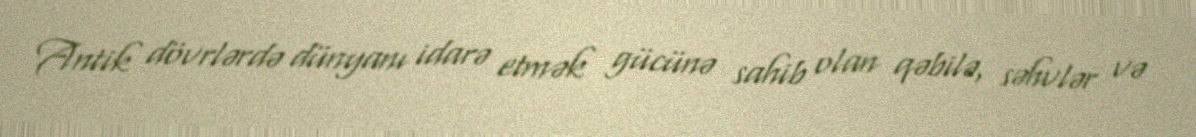
Antik dövrlərdə dünyanı idarə etmək gücünə sahib olan qəbilə, səhvlər və